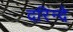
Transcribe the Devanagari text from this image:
दरिन्दे